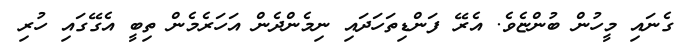
ގެނައި މީހުން ބުންޏެވެ. އެރޭ ފަންޑިތަހަދައި ނިމެންދެން އަހަރެމެން ތިބީ އެގޭގައި ހުރި